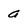
Character: a